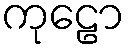
ကုဠော